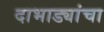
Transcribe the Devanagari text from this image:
दाभाड्यांचा